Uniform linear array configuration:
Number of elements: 64
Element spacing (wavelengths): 0.75
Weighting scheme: exponential
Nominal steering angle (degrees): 0
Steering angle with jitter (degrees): -0.9154
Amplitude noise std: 0.05
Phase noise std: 0.05

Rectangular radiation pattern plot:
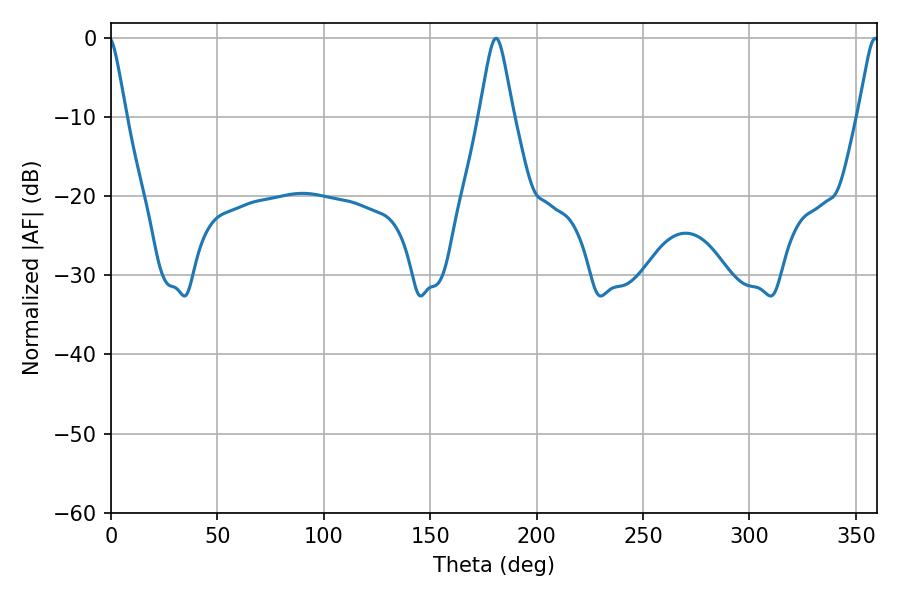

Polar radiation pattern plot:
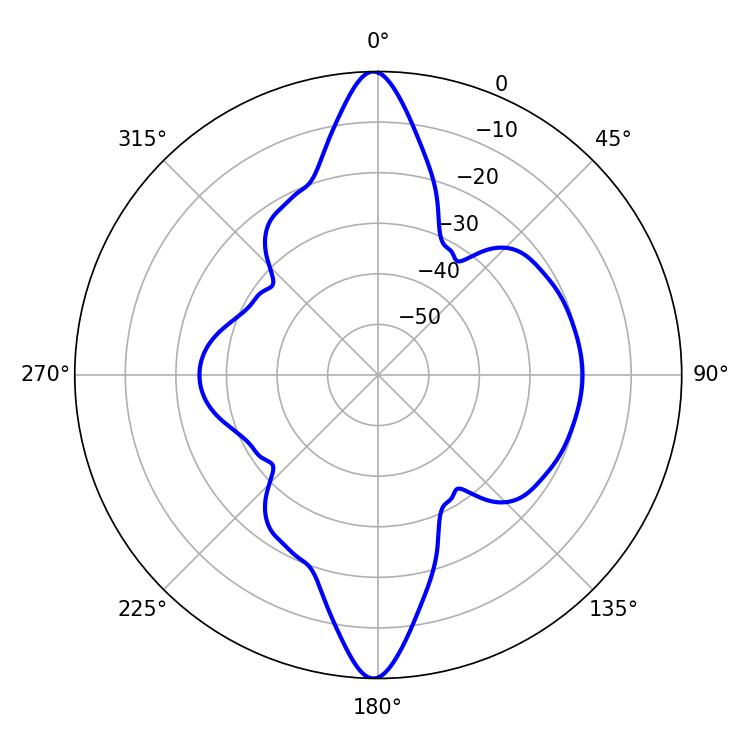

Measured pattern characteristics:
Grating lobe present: TRUE
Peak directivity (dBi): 30.074
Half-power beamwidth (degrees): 7.56
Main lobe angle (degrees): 180.9